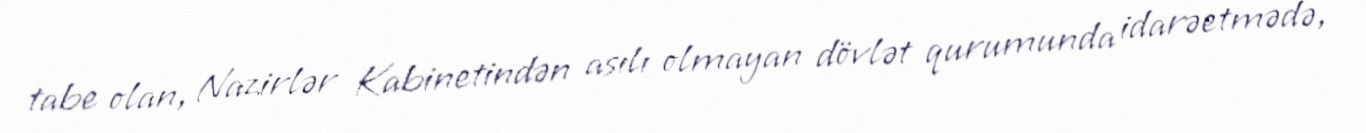
tabe olan, Nazirlər Kabinetindən asılı olmayan dövlət qurumunda idarəetmədə,